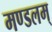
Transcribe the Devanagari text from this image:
मण्डलम्